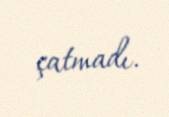
çatmadı.